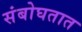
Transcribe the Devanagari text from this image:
संबोघतात